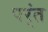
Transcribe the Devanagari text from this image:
पर्ंत